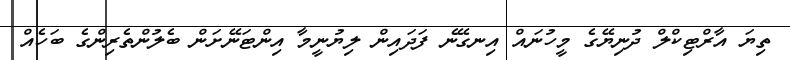
ތިޔަ އާރްޓިކްލް ދުނިޔޭގެ މީހުނައް އިނގޭނެ ފަދައިން ލިޔުނީމާ އިންޓަނޭށަން ބެލުންތެރިންގެ ބަހެއް